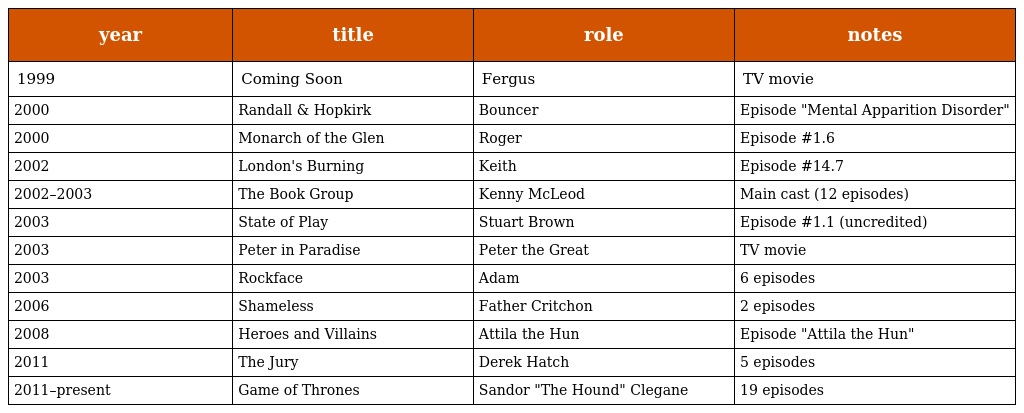
| year | title | role | notes |
 | --- | --- | --- | --- |
 | 1999 | Coming Soon | Fergus | TV movie |
 | 2000 | Randall & Hopkirk | Bouncer | Episode "Mental Apparition Disorder" |
 | 2000 | Monarch of the Glen | Roger | Episode #1.6 |
 | 2002 | London's Burning | Keith | Episode #14.7 |
 | 2002–2003 | The Book Group | Kenny McLeod | Main cast (12 episodes) |
 | 2003 | State of Play | Stuart Brown | Episode #1.1 (uncredited) |
 | 2003 | Peter in Paradise | Peter the Great | TV movie |
 | 2003 | Rockface | Adam | 6 episodes |
 | 2006 | Shameless | Father Critchon | 2 episodes |
 | 2008 | Heroes and Villains | Attila the Hun | Episode "Attila the Hun" |
 | 2011 | The Jury | Derek Hatch | 5 episodes |
 | 2011–present | Game of Thrones | Sandor "The Hound" Clegane | 19 episodes |